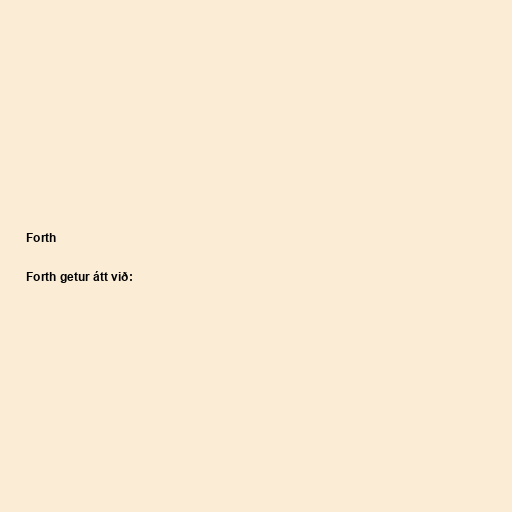
Forth

Forth getur átt við: